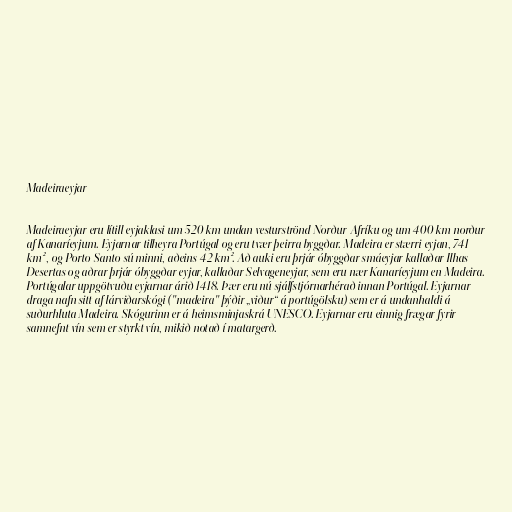
Madeiraeyjar

Madeiraeyjar eru lítill eyjaklasi um 520 km undan vesturströnd Norður-Afríku og um 400 km norður
af Kanaríeyjum. Eyjarnar tilheyra Portúgal og eru tvær þeirra byggðar. Madeira er stærri eyjan, 741
km² , og Porto Santo sú minni, aðeins 42 km². Að auki eru þrjár óbyggðar smáeyjar kallaðar Ilhas
Desertas og aðrar þrjár óbyggðar eyjar, kallaðar Selvageneyjar, sem eru nær Kanaríeyjum en Madeira.
Portúgalar uppgötvuðu eyjarnar árið 1418. Þær eru nú sjálfstjórnarhérað innan Portúgal. Eyjarnar
draga nafn sitt af lárviðarskógi ("madeira" þýðir „viður“ á portúgölsku) sem er á undanhaldi á
suðurhluta Madeira. Skógurinn er á heimsminjaskrá UNESCO. Eyjarnar eru einnig frægar fyrir
samnefnt vín sem er styrkt vín, mikið notað í matargerð.